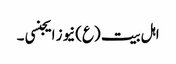
اہل بیت (ع)نیوز ایجنسی ۔